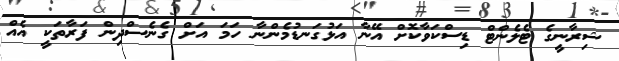
ޝިރާނީގެ ޓެލެންޓް ޑިސްކަވާކޮށް އޭނާ އަޅުގަނޑުމެންނާ ހަމަ އަށް ގެނެސްދިން ފަރާތަކީ އެއް